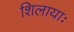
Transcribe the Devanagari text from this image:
शिलायाः